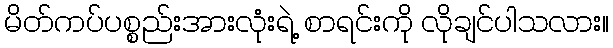
မိတ်ကပ်ပစ္စည်းအားလုံးရဲ့ စာရင်းကို လိုချင်ပါသလား။